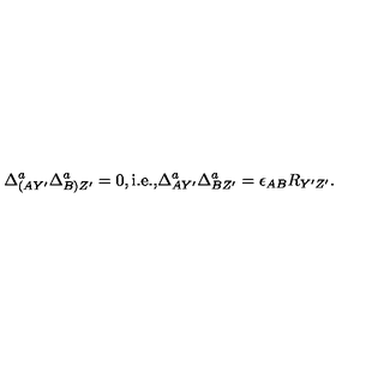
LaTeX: \Delta _ { ( A Y ^ { \prime } } ^ { a } \Delta _ { B ) Z ^ { \prime } } ^ { a } = 0 , \mathrm { i . e . , } \Delta _ { A Y ^ { \prime } } ^ { a } \Delta _ { B Z ^ { \prime } } ^ { a } = \epsilon _ { A B } R _ { Y ^ { \prime } Z ^ { \prime } } .